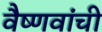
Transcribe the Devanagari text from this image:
वैष्णवांची